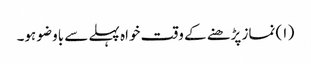
( ۱) نماز پڑھنے کے وقت خواہ پہلے سے باوضو ہو۔